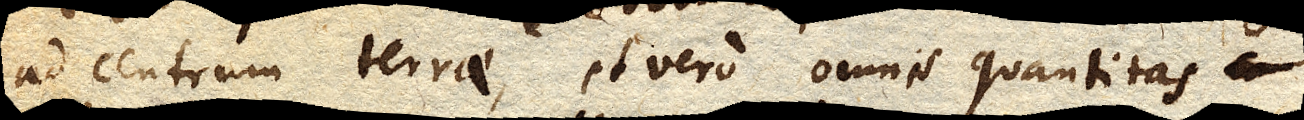
ad centrum terrae, et vero omnis quantitas